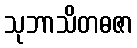
သုဘာသိတဓဇာ